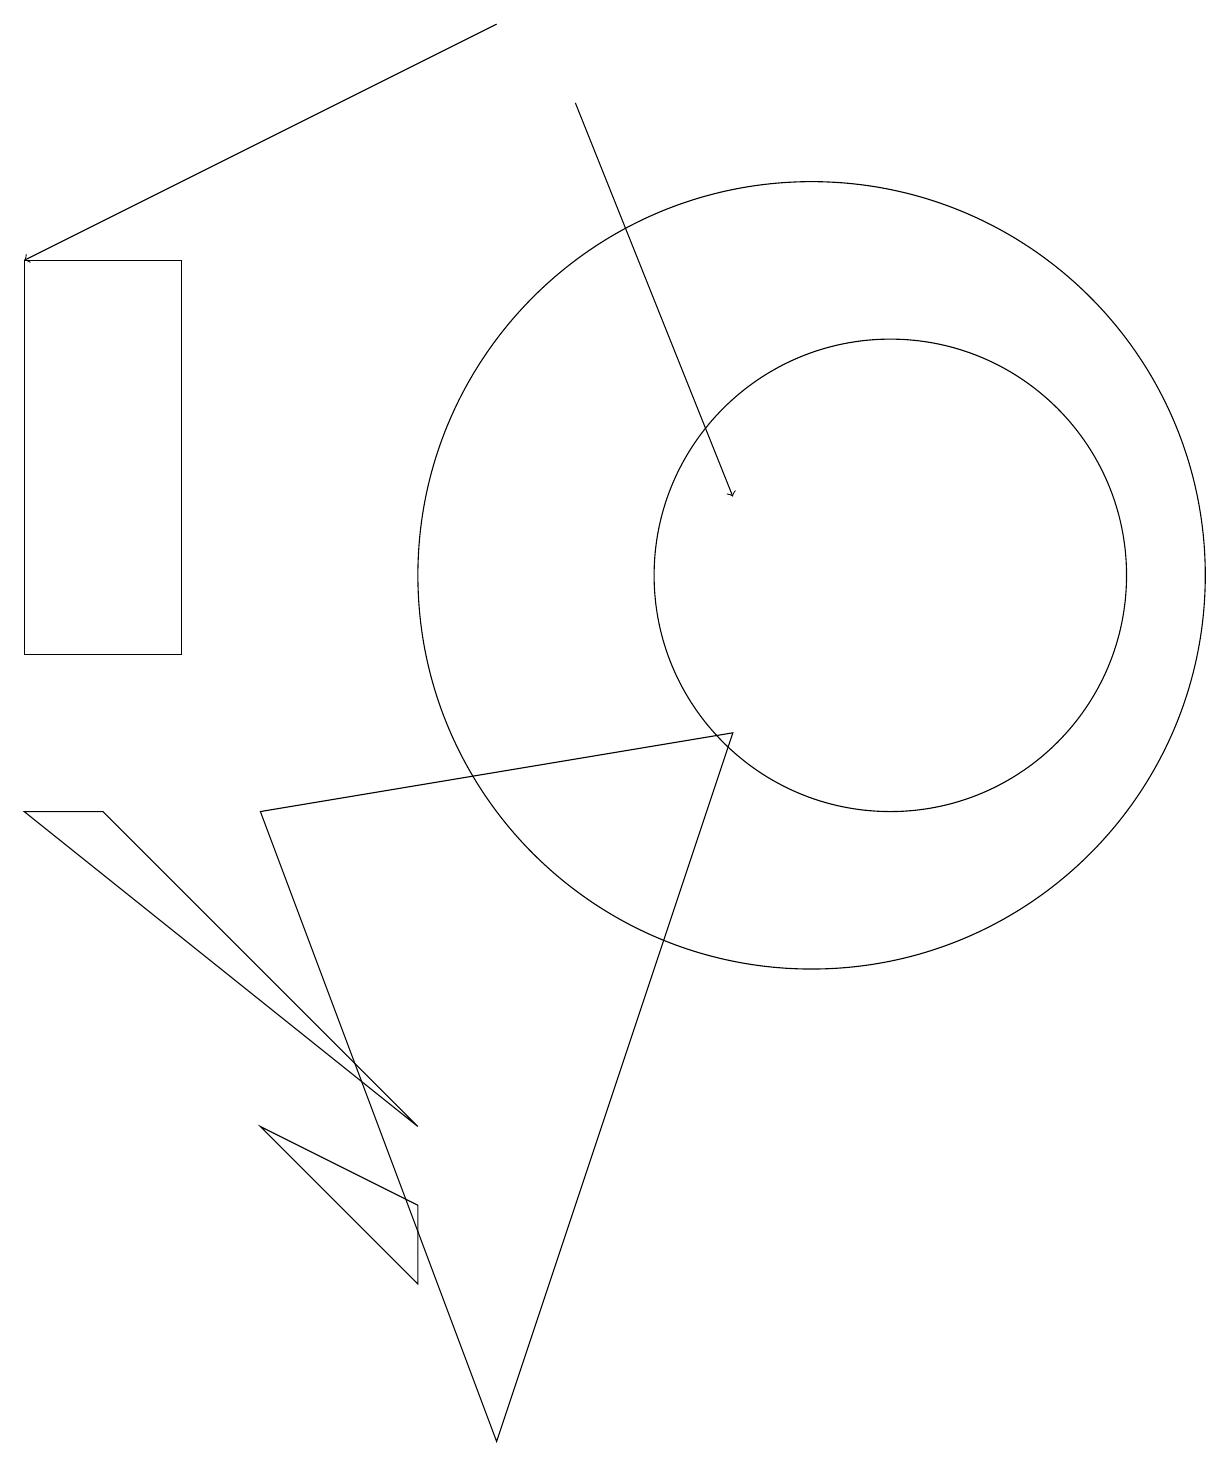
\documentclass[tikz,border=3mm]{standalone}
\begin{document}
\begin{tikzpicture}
\draw (1,8) -- (0,8) -- (5,4) -- cycle;
\draw (11,11) circle (3);
\draw (0,15) rectangle (2,10);
\draw[->] (6,18) -- (0,15);
\draw[->] (7,17) -- (9,12);
\draw (3,8) -- (6,0) -- (9,9) -- cycle;
\draw (5,2) -- (5,3) -- (3,4) -- cycle;
\draw (10,11) circle (5);
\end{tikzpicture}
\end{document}